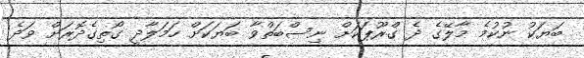
ބަޔަކު ނުކުމެ މާލޭގެ ދެ ގްރޫޕަކަށް ނިސްބަތްވާ ބަޔަކަށް ހަމަލާދީ ގޯތިގެދޮރަށް ވަދެ